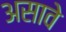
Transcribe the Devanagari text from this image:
असावेे